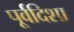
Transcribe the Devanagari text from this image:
पूर्वदिशा